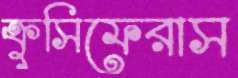
ক্রুসিফেরাস